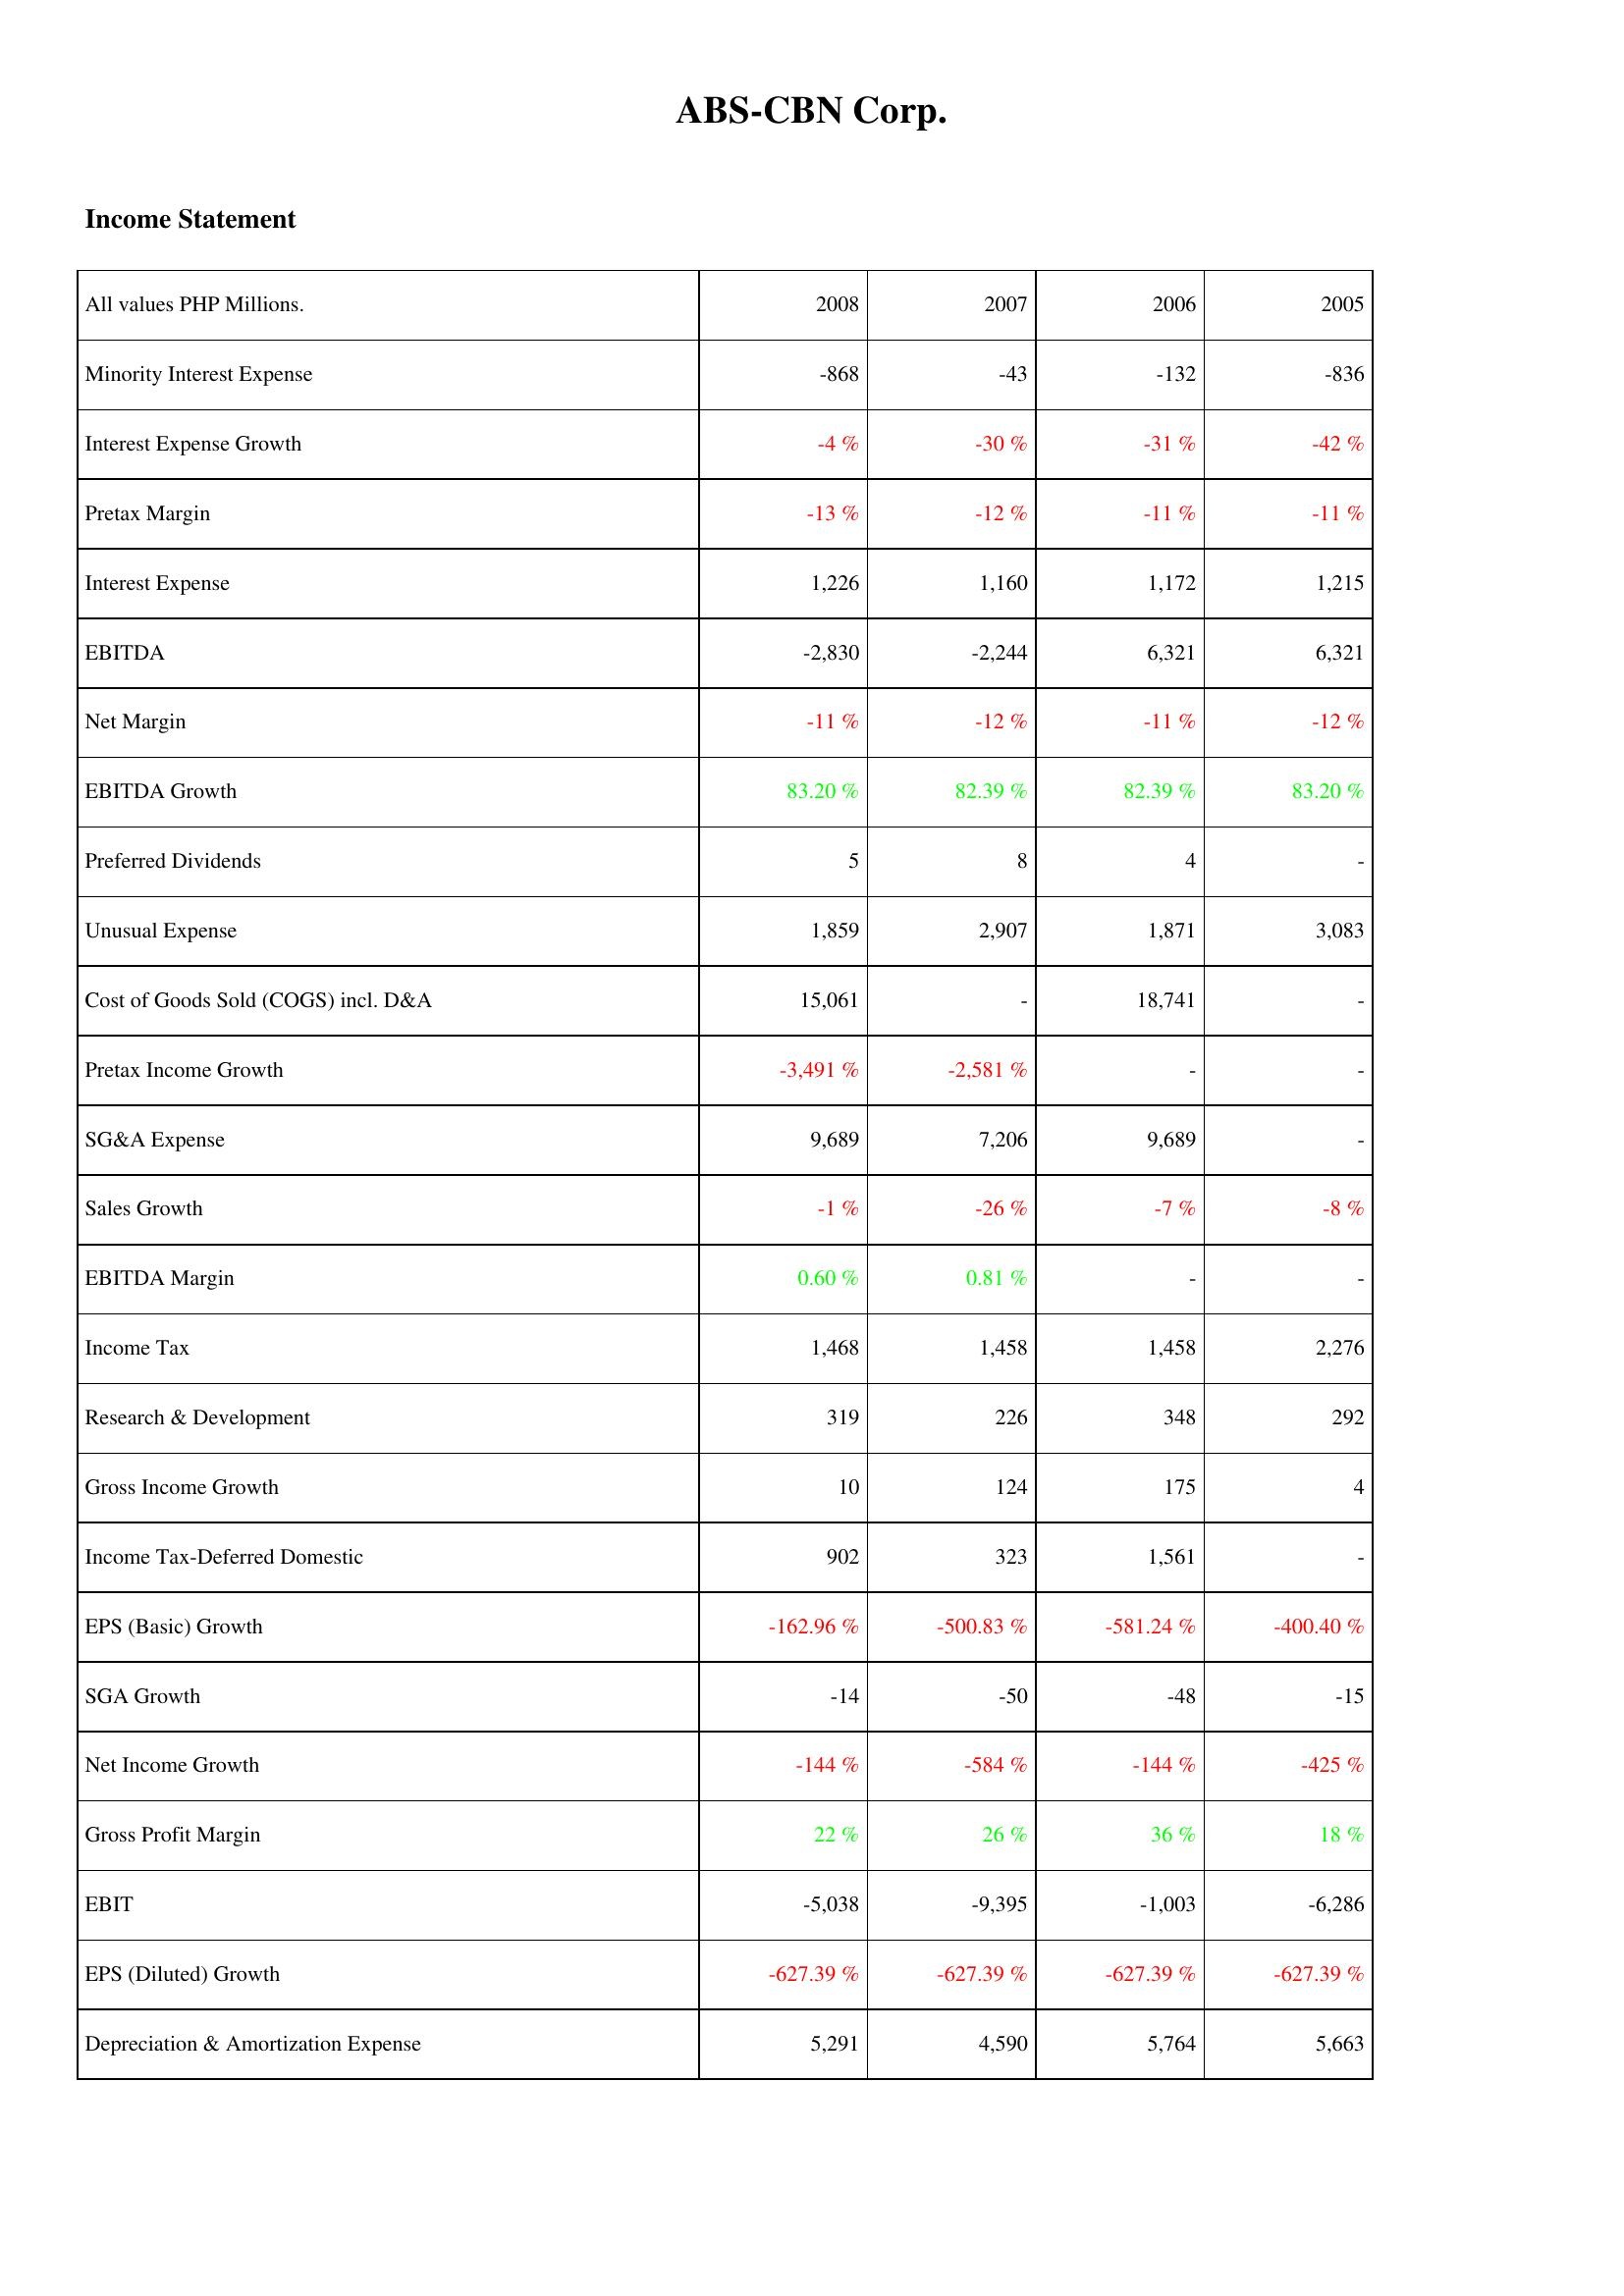
2008: Income Statement: Minority Interest Expense: -868
Interest Expense Growth: -4 %
Pretax Margin: -13 %
Interest Expense: 1,226
EBITDA: -2,830
Net Margin: -11 %
EBITDA Growth: 83.20 %
Preferred Dividends: 5
Unusual Expense: 1,859
Cost of Goods Sold (COGS) incl. D&A: 15,061
Pretax Income Growth: -3,491 %
SG&A Expense: 9,689
Sales Growth: -1 %
EBITDA Margin: 0.60 %
Income Tax: 1,468
Research & Development: 319
Gross Income Growth: 10
Income Tax-Deferred Domestic: 902
EPS (Basic) Growth: -162.96 %
SGA Growth: -14
Net Income Growth: -144 %
Gross Profit Margin: 22 %
EBIT: -5,038
EPS (Diluted) Growth: -627.39 %
Depreciation & Amortization Expense: 5,291
2007: Income Statement: Minority Interest Expense: -43
Interest Expense Growth: -30 %
Pretax Margin: -12 %
Interest Expense: 1,160
EBITDA: -2,244
Net Margin: -12 %
EBITDA Growth: 82.39 %
Preferred Dividends: 8
Unusual Expense: 2,907
Cost of Goods Sold (COGS) incl. D&A: -
Pretax Income Growth: -2,581 %
SG&A Expense: 7,206
Sales Growth: -26 %
EBITDA Margin: 0.81 %
Income Tax: 1,458
Research & Development: 226
Gross Income Growth: 124
Income Tax-Deferred Domestic: 323
EPS (Basic) Growth: -500.83 %
SGA Growth: -50
Net Income Growth: -584 %
Gross Profit Margin: 26 %
EBIT: -9,395
EPS (Diluted) Growth: -627.39 %
Depreciation & Amortization Expense: 4,590
2006: Income Statement: Minority Interest Expense: -132
Interest Expense Growth: -31 %
Pretax Margin: -11 %
Interest Expense: 1,172
EBITDA: 6,321
Net Margin: -11 %
EBITDA Growth: 82.39 %
Preferred Dividends: 4
Unusual Expense: 1,871
Cost of Goods Sold (COGS) incl. D&A: 18,741
Pretax Income Growth: -
SG&A Expense: 9,689
Sales Growth: -7 %
EBITDA Margin: -
Income Tax: 1,458
Research & Development: 348
Gross Income Growth: 175
Income Tax-Deferred Domestic: 1,561
EPS (Basic) Growth: -581.24 %
SGA Growth: -48
Net Income Growth: -144 %
Gross Profit Margin: 36 %
EBIT: -1,003
EPS (Diluted) Growth: -627.39 %
Depreciation & Amortization Expense: 5,764
2005: Income Statement: Minority Interest Expense: -836
Interest Expense Growth: -42 %
Pretax Margin: -11 %
Interest Expense: 1,215
EBITDA: 6,321
Net Margin: -12 %
EBITDA Growth: 83.20 %
Preferred Dividends: -
Unusual Expense: 3,083
Cost of Goods Sold (COGS) incl. D&A: -
Pretax Income Growth: -
SG&A Expense: -
Sales Growth: -8 %
EBITDA Margin: -
Income Tax: 2,276
Research & Development: 292
Gross Income Growth: 4
Income Tax-Deferred Domestic: -
EPS (Basic) Growth: -400.40 %
SGA Growth: -15
Net Income Growth: -425 %
Gross Profit Margin: 18 %
EBIT: -6,286
EPS (Diluted) Growth: -627.39 %
Depreciation & Amortization Expense: 5,663